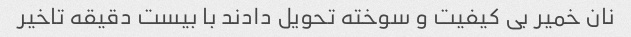
نان خمیر بی کیفیت و سوخته تحویل دادند با بیست دقیقه تاخیر